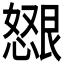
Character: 𫻂